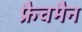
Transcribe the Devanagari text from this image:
फ्रैचमैन